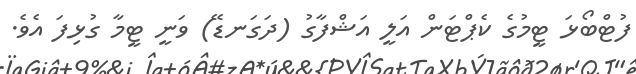
ފުޓްބޯޅަ ޓީމުގެ ކެޕްޓަން އަލީ އަޝްފާގު (ދަގަނޑޭ) ވަނީ ޓީމާ ގުޅިފަ އެވެ.